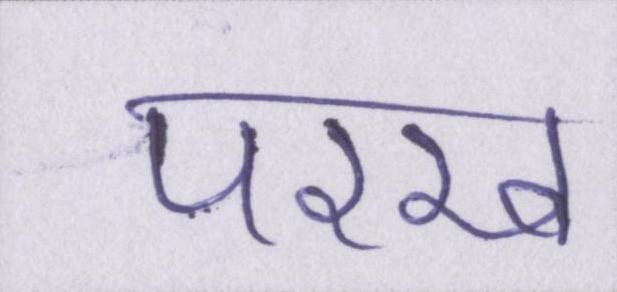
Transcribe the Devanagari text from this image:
परख